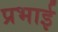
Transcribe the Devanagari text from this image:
प्रभाई